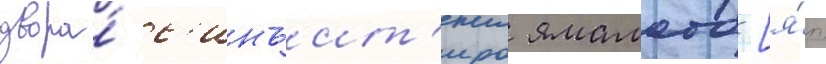
двора́ с'инъит'иро ямамото [я́п.